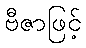
ဗီဇာဖြင့်